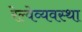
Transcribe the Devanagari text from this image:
रेल्वेव्यवस्था